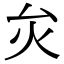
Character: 𤆃